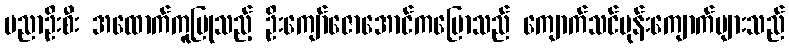
ပညာဦးစီး အထောက်ကူပြုသည့် ဦးကျော်ဇောအောင်ကပြောသည် ကျောက်သင်ပုန်းကျောက်များသည်